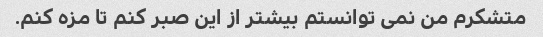
متشکرم من نمی توانستم بیشتر از این صبر کنم تا مزه کنم.